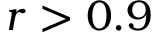
r > 0 . 9